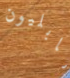
نابليون